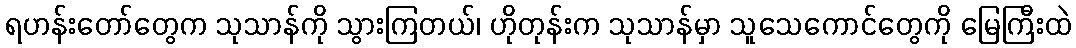
ရဟန်းတော်တွေက သုသာန်ကို သွားကြတယ်၊ ဟိုတုန်းက သုသာန်မှာ သူသေကောင်တွေကို မြေကြီးထဲ